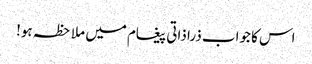
اس کا جواب ذرا ذاتی پیغام میں ملاحظہ ہو!